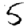
Digit: 5